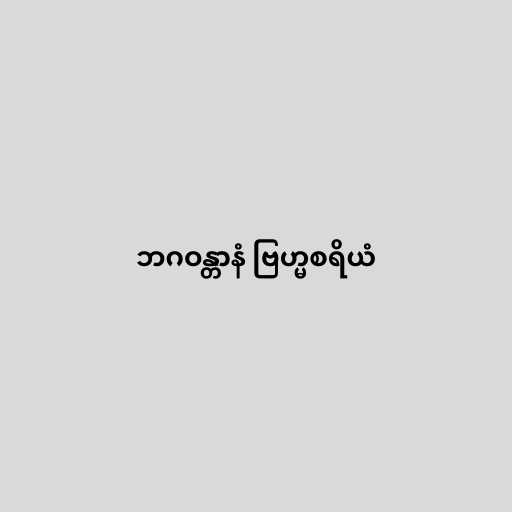
ဘဂဝန္တာနံ ဗြဟ္မစရိယံ